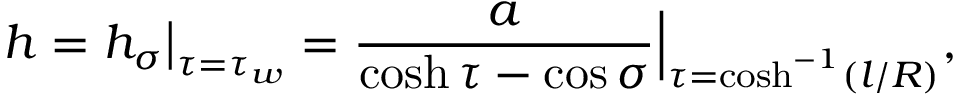
h = h _ { \sigma } \big | _ { \tau = \tau _ { w } } = \frac { a } { \cosh \tau - \cos \sigma } \Big | _ { \tau = \cosh ^ { - 1 } ( l / R ) } ,